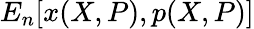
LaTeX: E_{n}[x(X,P),p(X,P)]